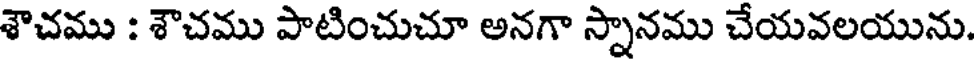
శౌచము : శౌచము పాటించుచూ అనగా స్నానము చేయవలయును.